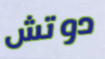
دوتش